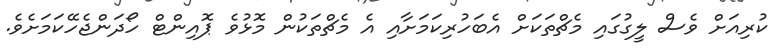
ކުރިއަށް ވެސް ލީގުގައި މެޗްތަކަށް އެބަހުރިކަމަށާއި އެ މެޗްތަކުން މޮޅުވެ ޕޮއިންޓް ހޯދަންޖެހޭކަމަށެވެ.